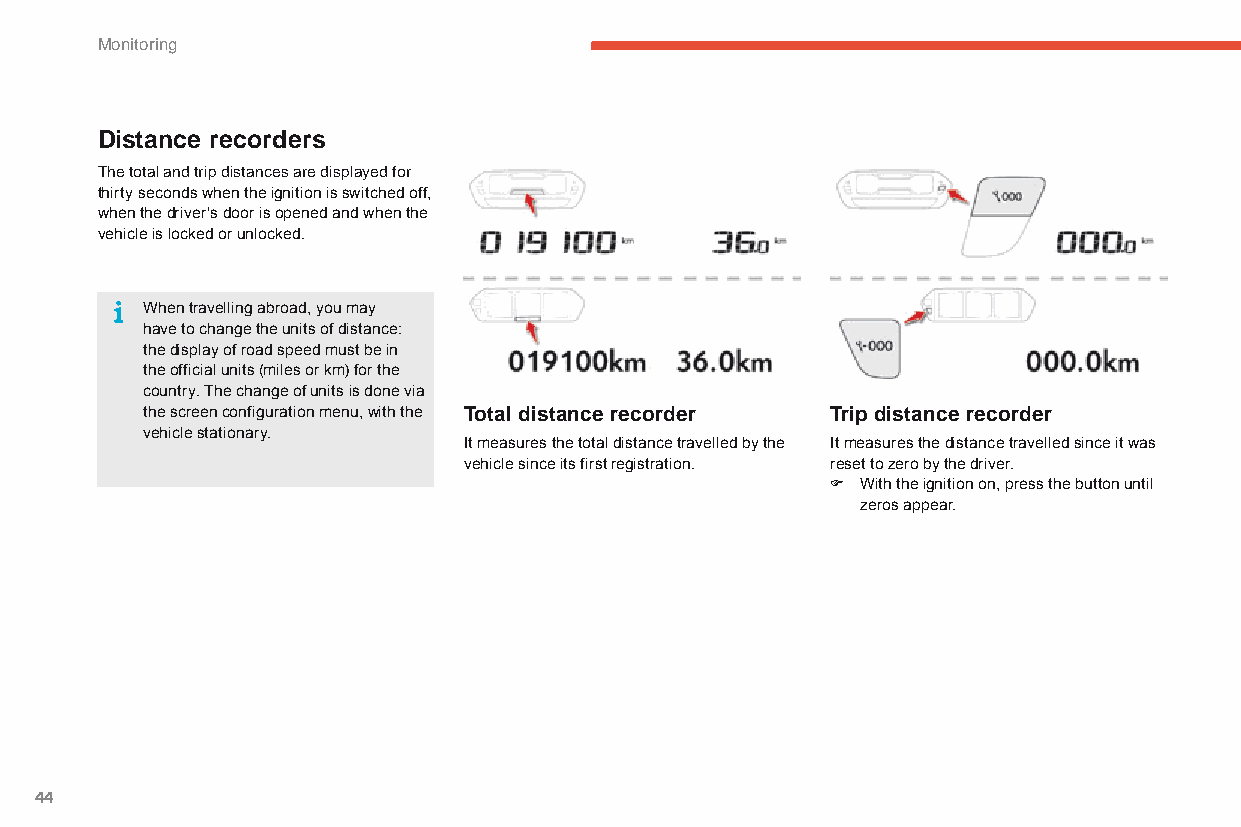
Monitoring
 Distance recorders
 The total and trip distances are displayed for
 thirty seconds when the ignition is switched off,
 when the driver's door is opened and when the
 vehicle is locked or unlocked.
 When travelling abroad, you may
 have to change the units of distance:
 the display of road speed must be in
 the official units (miles or km) for the
 country. The change of units is done via
 the screen configuration menu, with the Total distance recorder Trip distance recorder
 vehicle stationary.
 It measures the total distance travelled by the It measures the distance travelled since it was
 vehicle since its first registration. reset to zero by the driver.
 F With the ignition on, press the button until
 zeros appear.
 44